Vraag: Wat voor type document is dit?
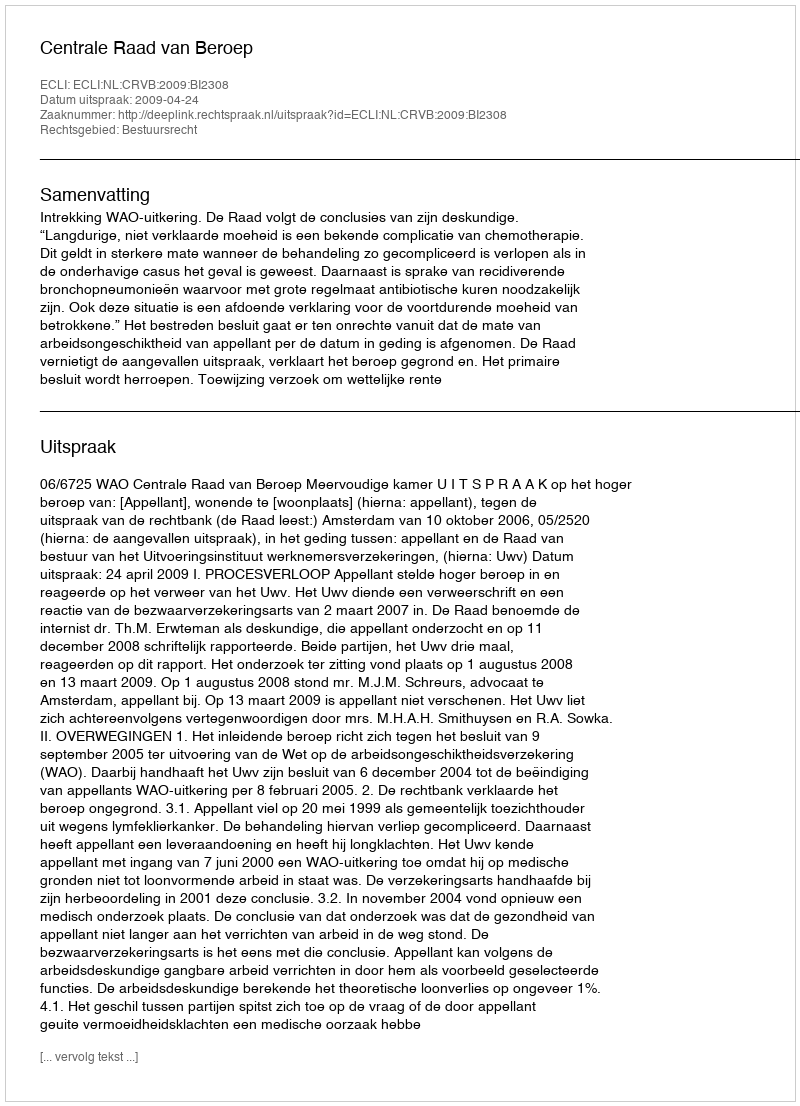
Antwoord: Uitspraak